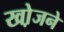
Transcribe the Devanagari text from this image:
खो़जने